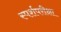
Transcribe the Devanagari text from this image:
स्पर्शपरीक्षा